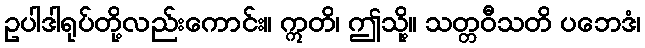
ဥပါဒါရုပ်တို့လည်းကောင်း။ ဣတိ၊ ဤသို့။ သတ္တဝီသတိ ပဘေဒံ၊